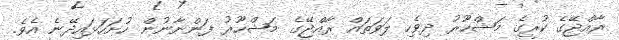
ރާއްޖޭގެ ކުރީގެ މަޝްހޫރު ދިވެހި ލަވަތައް ރާއްޖޭގެ މަޝްހޫރު ފަންނާނުން ހުށަހަޅައިދޭނެ އެވެ.